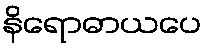
နိရောဓာယပေ